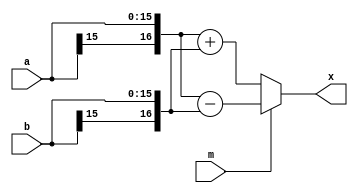
/********************************************************************/
/*    Copylight(c) 2003 Panasonic Mobile Communications Co., Ltd.   */
/* -----------------------------------------------------------------*/
/*	(1) File Name      : lib_adsb.v									*/
/*	(2) System Name    : TD-SCDMA Demodulation						*/
/*	(3) System Edition : TSM										*/
/*	(4) Author         : H.Asano(PMCS)								*/
/********************************************************************/

/*** Update Report **************************************************/
/*  Version     Date      Name   [             Comment             ]*/
/*==================================================================*/
/*   0.9.0   2003/05/30  H.Asano  									*/
/********************************************************************/

// Adder-Subtractor

module lib_adsb (
				a,
				b,
				m,

				x
				);

parameter N = 16;	// Default input bit width

input	[N-1:0]	a;
input	[N-1:0]	b;
input			m;	// Arithmetic mode(SUB=1,ADD=0)

output	[N:0]	x;

// Bit extend
	wire [N:0] ea = {a[N-1],a[N-1:0]};
	wire [N:0] eb = {b[N-1],b[N-1:0]};

// Adder-Subtractor
	assign x = (m) ? (ea - eb) : (ea + eb);

endmodule